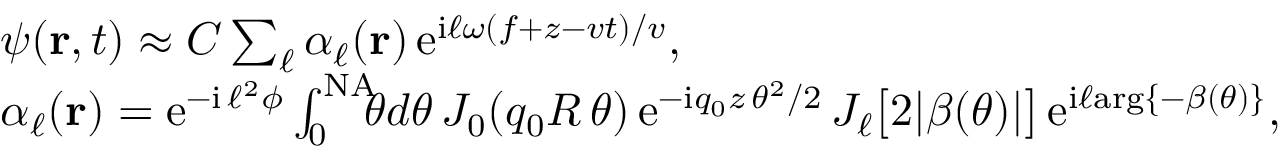
\begin{array} { r l } & { \psi ( { \bf r } , t ) \approx C \sum _ { \ell } \alpha _ { \ell } ( { \bf r } ) \, \mathrm { e } ^ { \mathrm { i } \ell \omega ( f + z - v t ) / v } , } \\ & { \alpha _ { \ell } ( { \bf r } ) = \mathrm { e } ^ { - \mathrm { i } \, \ell ^ { 2 } \phi } \int _ { 0 } ^ { \mathrm { N A } } \! \! \! \theta d \theta \, J _ { 0 } ( q _ { 0 } R \, \theta ) \, \mathrm { e } ^ { - \mathrm { i } q _ { 0 } z \, \theta ^ { 2 } / 2 } \, J _ { \ell } \big [ 2 | \beta ( \theta ) | \big ] \, \mathrm { e } ^ { \mathrm { i } \ell \mathrm { a r g } \{ - \beta ( \theta ) \} } , } \end{array}